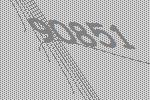
90851